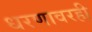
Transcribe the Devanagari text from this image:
धरणावरही